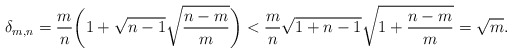
\begin{align*}\delta_{m,n} & = \frac{m}{n} \bigg( 1 + \sqrt{n-1} \sqrt{\frac{n-m}{m}} \bigg)< \frac{m}{n} \sqrt{1+n-1} \sqrt{ 1+ \frac{n-m}{m} }= \sqrt{m}.\end{align*}